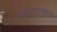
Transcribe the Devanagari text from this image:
सकारात्‍कम